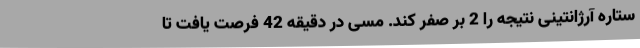
ستاره آرژانتینی نتیجه را 2 بر صفر کند. مسی در دقیقه 42 فرصت یافت تا